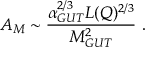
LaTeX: A _ { M } \sim { \frac { \alpha _ { G U T } ^ { 2 / 3 } L ( Q ) ^ { 2 / 3 } } { M _ { G U T } ^ { 2 } } } \ .